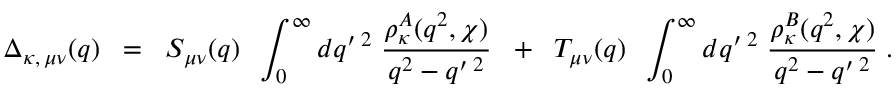
\Delta _ { \kappa , \, \mu \nu } ( q ) \; \; = \; \; S _ { \mu \nu } ( q ) \; \; \int _ { 0 } ^ { \infty } d q ^ { \prime \; 2 } \; \frac { { \rho } _ { \kappa } ^ { A } ( q ^ { 2 } , \chi ) } { q ^ { 2 } - q ^ { \prime \; 2 } } \; \; + \; \; T _ { \mu \nu } ( q ) \; \; \int _ { 0 } ^ { \infty } d q ^ { \prime \; 2 } \; \frac { { \rho } _ { \kappa } ^ { B } ( q ^ { 2 } , \chi ) } { q ^ { 2 } - q ^ { \prime \; 2 } } \; .